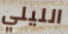
الليلي